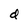
Character: d